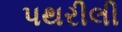
પથરીલી